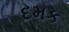
દમક